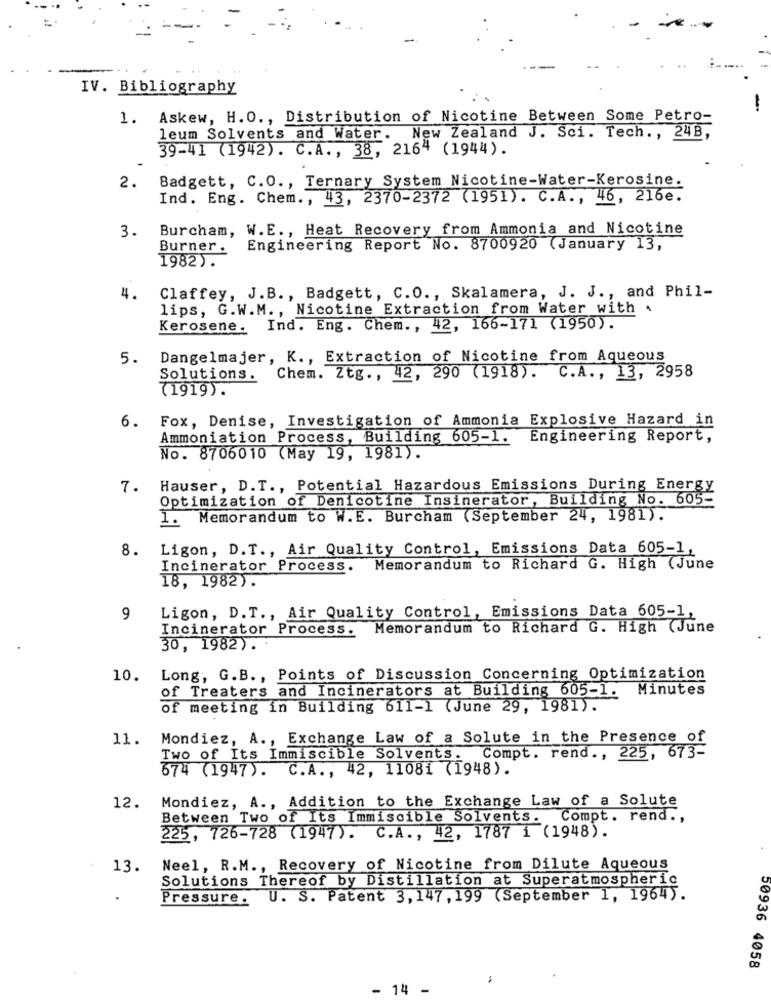
IV. Bibliography
1. Askew, H. O ., Distribution of Nicotine Between Some Petro-
leum Solvents and Water. New Zealand J. Sci. Tech ., 24B,
39-41 (1942). C.A ., 38, 2164 (1944).
2. Badgett, C.O ., Ternary System Nicotine-Water-Kerosine.
Ind. Eng. Chem ., 43, 2370-2372 (1951). C.A ., 46, 216e.
3. Burcham, W.E ., Heat Recovery from Ammonia and Nicotine
Burner.
Engineering Report No. 8700920 (January 13,
1982).
4.
Claffey, J.B ., Badgett, C.O ., Skalamera, J. J ., and Phil-
lips, G.W.M. , Nicotine Extraction from Water with .
Kerosene. Ind. Eng. Chem ., 42, 166-171 (1950) .
5.
Dangelmajer, K ., Extraction of Nicotine from Aqueous
Solutions.
Chem. Ztg ., 42, 290 (1918). C.A. , 13, 2958
(1919).
6. Fox, Denise, Investigation of Ammonia Explosive Hazard in
Ammoniation Process, Building 605-1. Engineering Report,
No. 8706010 (May 19, 1981).
7.
Hauser, D.T ., Potential Hazardous Emissions During Energy
Optimization of Denicotine Insinerator, Building No. 605-
1. Memorandum to W.E. Burcham (September 24, 1981).
8. Ligon, D.T ., Air Quality Control, Emissions Data 605-1,
Incinerator Process.
Memorandum to Richard G. High (June
18, 1982).
9
Ligon, D.T ., Air Quality Control, Emissions Data 605-1,
Incinerator Process.
Memorandum to Richard G. High (June
30, 1982).
10. Long, G.B ., Points of Discussion Concerning Optimization
of Treaters and Incinerators at Building 605-1.
Minutes
of meeting in Building 611-1 (June 29, 1981).
11. Mondiez, A ., Exchange Law of a Solute in the Presence of
Two of Its Immiscible Solvents.
Compt. rend ., 225, 673-
574 (1947). C.A ., 42, 11081 (1948).
Mondiez, A ., Addition to the Exchange Law of a Solute
12.
Between Two of Its Immiscible Solvents. Compt. rend .,
225, 726-728 (1947). C.A ., 42, 1787 1 (1948) .
13.
Neel, R.M ., Recovery of Nicotine from Dilute Aqueous
Solutions Thereof by Distillation at Superatmospheric
Pressure.
U. S. Patent 3,147, 199 (September 1, 1964).
50936 4058
14